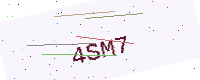
Text: 4SM7